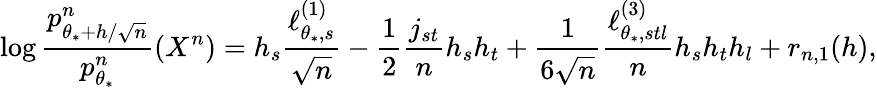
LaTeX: \log\frac{p_{\theta_{*}+h/\sqrt{n}}^{n}}{p_{\theta_{*}}^{n}}(X^{n})=h_{s}\frac{\ell_{\theta_{*},s}^{(1)}}{\sqrt{n}}-\frac{1}{2}\frac{j_{st}}{n}h_{s}h_{t}+\frac{1}{6\sqrt{n}}\frac{\ell_{\theta_{*},stl}^{(3)}}{n}h_{s}h_{t}h_{l}+r_{n,1}(h),